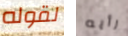
لقوله رأيه